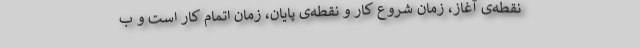
نقطه‌ی آغاز، زمان شروع کار و نقطه‌ی پایان، زمان اتمام کار است و ب